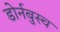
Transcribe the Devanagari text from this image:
डोर्नबुस्च